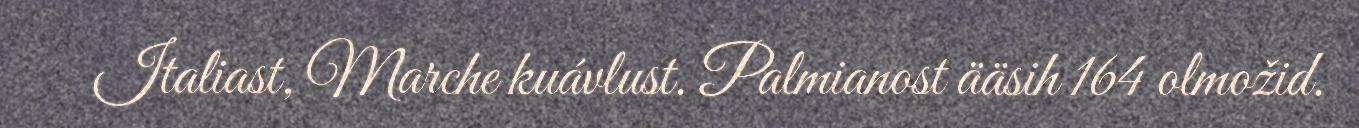
Italiast, Marche kuávlust. Palmianost ääsih 164 olmožid.